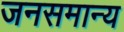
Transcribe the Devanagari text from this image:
जनसमान्य